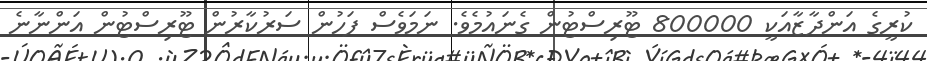
ކުރީގެ އަންދާޒާއަކީ 800000 ޓޫރިސްޓުން ގެނައުމެވެ. ނަމަވެސް ފަހުން ސަރުކާރުން ޓޫރިސްޓުން އަންނާނެ